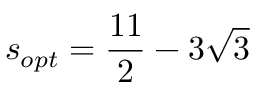
s _ { o p t } = \frac { 1 1 } { 2 } - 3 \sqrt { 3 }